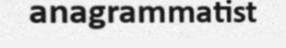
anagrammatist